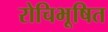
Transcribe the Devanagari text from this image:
रोचिभूषित